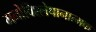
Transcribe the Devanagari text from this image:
मनोविश्लेषानात्मक